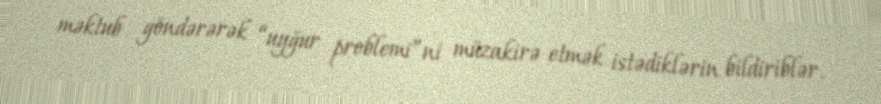
məktub göndərərək “uyğur problemi”ni müzakirə etmək istədiklərin bildiriblər.